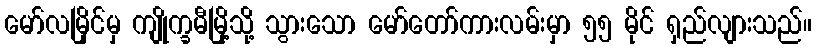
မော်လမြိုင်မှ ကျိုက္ခမီမြို့သို့ သွားသော မော်တော်ကားလမ်းမှာ ၅၅ မိုင် ရှည်လျားသည်။